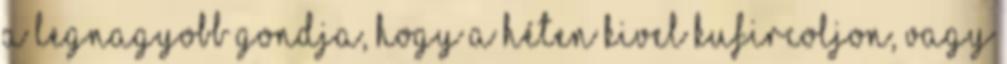
a legnagyobb gondja, hogy a héten kivel kufircoljon, vagy